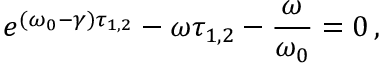
e ^ { ( \omega _ { 0 } - \gamma ) \tau _ { 1 , 2 } } - \omega \tau _ { 1 , 2 } - \frac { \omega } { \omega _ { 0 } } = 0 \, ,